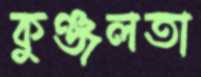
কুঞ্জলতা